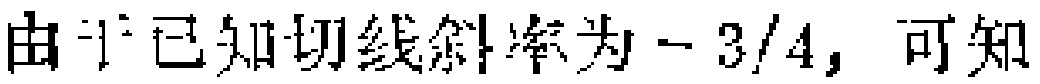
由于已知切线斜率为$-3/4$，可知